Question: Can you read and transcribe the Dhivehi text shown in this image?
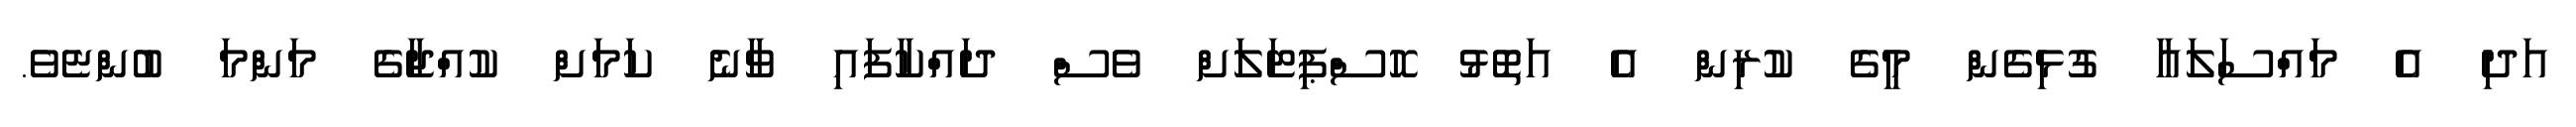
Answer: އަދި އެ މައްސަލައާ ގުޅިގެން މީގެ ކުރިން އެ އަތޮޅު ހޮސްޕިޓަލަށް ވެސް ދައްކާފައި ވާނެ ކަމަށް ކުއްޖާގެ މަންމަ ބުންޏެވެ.